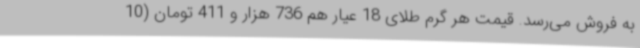
به فروش می‌رسد. قیمت هر گرم طلای 18 عیار هم 736 هزار و 411 تومان (10